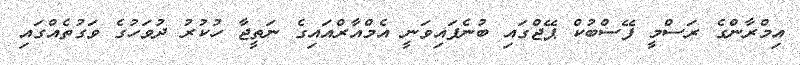
އިމްރާންގެ ރަސްމީ ފޭސްބުކް ޕޭޖްގައި ބުނެފައިވަނީ އެމްއާރްއައިގެ ނަތީޖާ ހުކުރު ދުވަހުގެ ވަގުތެއްގައި